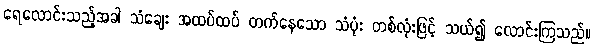
ရေလောင်းသည့်အခါ သံချေး အထပ်ထပ် တက်နေသော သံပုံး တစ်လုံးဖြင့် သယ်၍ လောင်းကြသည်။